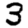
Digit: 3